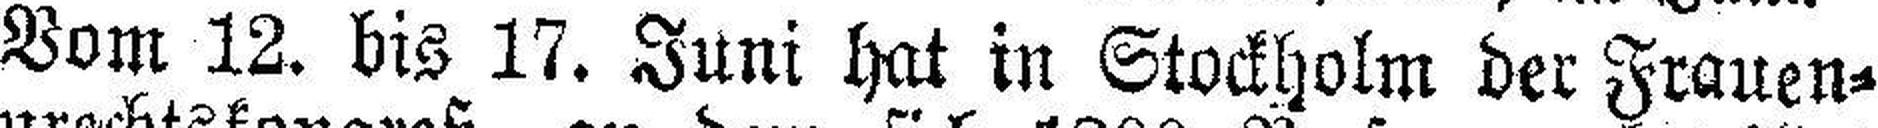
Vom 12. bis 17. Juni hat in Stockholm der Frauen¬